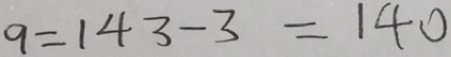
9 = 1 4 3 - 3 = 1 4 0